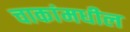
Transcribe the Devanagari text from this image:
चाकांमधील